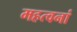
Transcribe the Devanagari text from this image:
महत्वनां